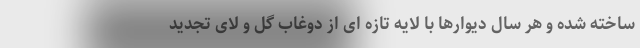
ساخته شده و هر سال دیوارها با لایه تازه ای از دوغاب گل و لای تجدید